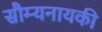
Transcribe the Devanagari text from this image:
सौम्यनायकी